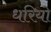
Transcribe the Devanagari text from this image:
धरियो